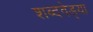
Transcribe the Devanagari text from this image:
शब्दवेड्या